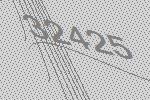
32425